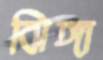
ঝিঙ্গা